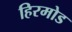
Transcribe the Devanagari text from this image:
हिरमोड